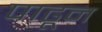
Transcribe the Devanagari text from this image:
पाढून